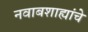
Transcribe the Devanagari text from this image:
नवाबशाह्यांचे